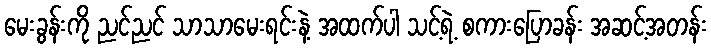
မေးခွန်းကို ညင်ညင် သာသာမေးရင်းနဲ့ အထက်ပါ သင့်ရဲ့ စကားပြောခန်း အဆင့်အတန်း